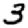
Digit: 3